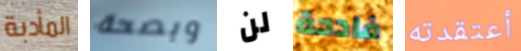
المأدبة وبصحة لن فادحة أعتقدته